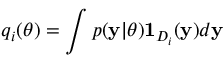
q _ { i } ( \theta ) = \int p ( \mathbf { y } \vert \theta ) \mathbf { 1 } _ { D _ { i } } ( \mathbf { y } ) d \mathbf { y }